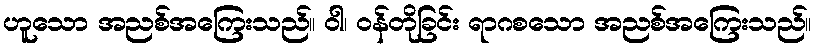
ဟူသော အညစ်အကြေးသည်။ ဝါ၊ ဝန်တိုခြင်း ရာဂစသော အညစ်အကြေးသည်။